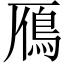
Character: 鴈